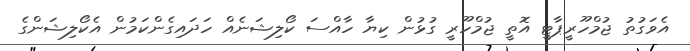
އެވަގުތު ޖުމްހޫރީޕާޓީ އޮތީ ޖުމްހޫރީ ގުޅުން ކިޔާ ހާއްސަ ކޯލިޝަނެއް ހަދައިގެންކަމުން އެކޯލިޝަންގެ